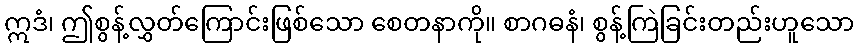
ဣဒံ၊ ဤစွန့်လွှတ်ကြောင်းဖြစ်သော စေတနာကို။ စာဂဓနံ၊ စွန့်ကြဲခြင်းတည်းဟူသော